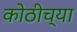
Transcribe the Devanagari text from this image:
कोठीच्या